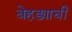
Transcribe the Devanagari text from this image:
बेहड्याची